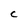
Character: C